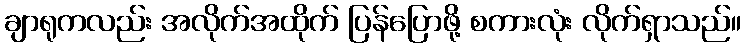
ချာရုကလည်း အလိုက်အထိုက် ပြန်ပြောဖို့ စကားလုံး လိုက်ရှာသည်။